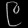
Digit: ၉